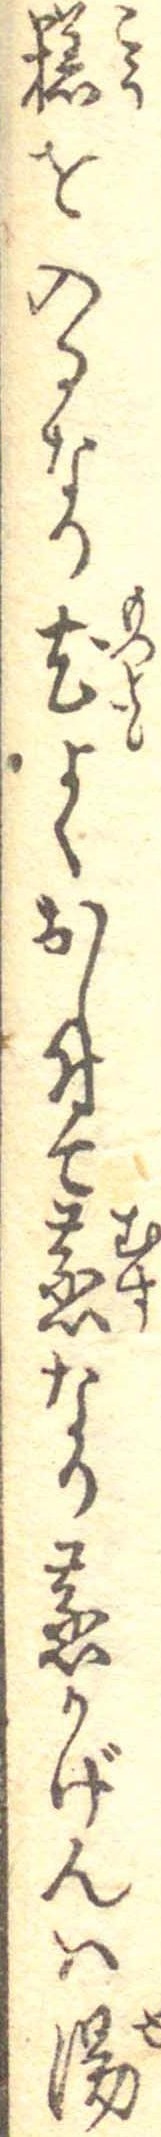
糕を入るなり尤よくおし付て蒸なり蒸かげんは湯